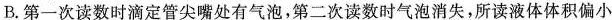
B.第一次读数时滴定管尖嘴处有气泡，第二次读数时气泡消失，所读液体体积偏小